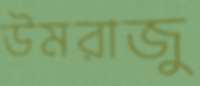
উমরাজু